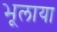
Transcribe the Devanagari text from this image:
भूलाया